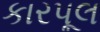
કારપૂલ